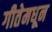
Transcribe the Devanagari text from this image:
गीतेमधून